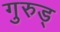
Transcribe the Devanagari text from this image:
गुरुड्